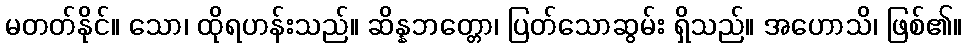
မတတ်နိုင်။ သော၊ ထိုရဟန်းသည်။ ဆိန္နဘတ္တော၊ ပြတ်သောဆွမ်း ရှိသည်။ အဟောသိ၊ ဖြစ်၏။